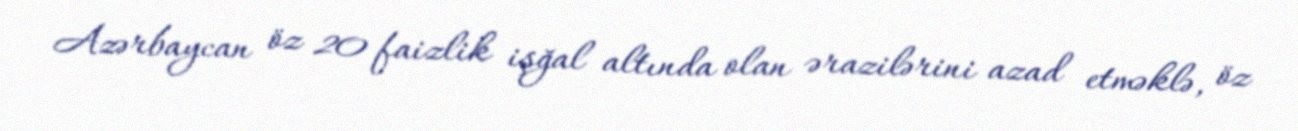
Azərbaycan öz 20 faizlik işğal altında olan ərazilərini azad etməklə, öz